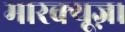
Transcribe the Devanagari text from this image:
मारक्यूज़।